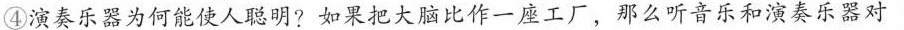
④演奏乐器为何能使人聪明?如果把大脑比作一座工厂，那么听音乐和演奏乐器对